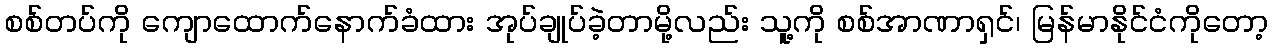
စစ်တပ်ကို ကျောထောက်နောက်ခံထား အုပ်ချုပ်ခဲ့တာမို့လည်း သူ့ကို စစ်အာဏာရှင်၊ မြန်မာနိုင်ငံကိုတော့